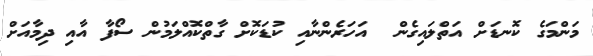
މަންމަގެ ކޮނޑަށް އަތްލައިގެން  އަހަރެންނާއި ކުޑަކޮށް ގާތްކޮއްލަމުން ސޯފާ އާއި ދިމާއަށް